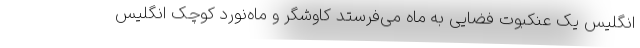
انگلیس یک عنکبوت فضایی به ماه می‌فرستد کاوشگر و ماه‌نورد کوچک انگلیس